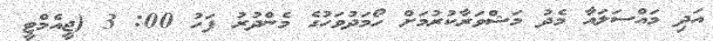
އަދި މައްސަލައާ މެދު މަޝްވަރާކުރުމަށް ހޯމަދުވަހުގެ މެންދުރު ފަހު 00: 3 (ޖީއެމްޓީ